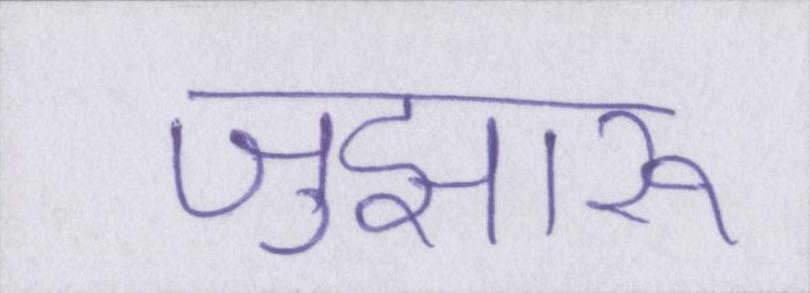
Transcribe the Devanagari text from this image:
जुझारू